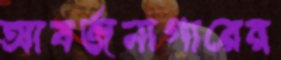
আবর্জনাগারের